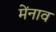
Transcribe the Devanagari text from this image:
मेंनाव